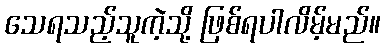
သေရသည့်သူကဲ့သို့ ဖြစ်ရပါလိမ့်မည်။